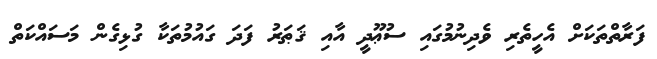
ފަރާތްތަކަށް އެހީތެރި ވެދިނުމުގައި ސުޢޫދީ އާއި ޤަޠަރު ފަދަ ގައުމުތަކާ ގުޅިގެން މަސައްކަތް